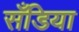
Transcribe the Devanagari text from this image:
सँडिया